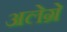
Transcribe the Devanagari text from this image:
अलेग्रे